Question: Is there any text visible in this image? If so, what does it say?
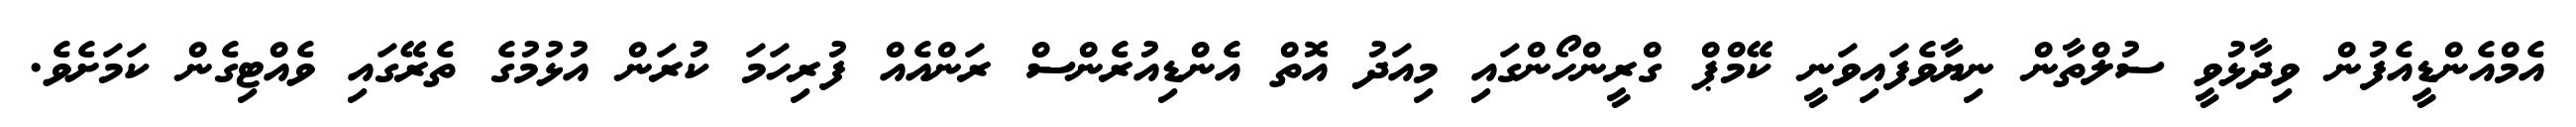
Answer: އެމްއެންޑީއެފުން ވިދާޅުވީ ސުލްތާން ނިޔާވެފައިވަނީ ކޭމްޕް ގްރީންހޯންގައި މިއަދު އޮތް އެންޑިއުރެންސް ރަންއެއް ފުރިހަމަ ކުރަން އުޅުމުގެ ތެރޭގައި ވެއްޓިގެން ކަމަށެވެ.